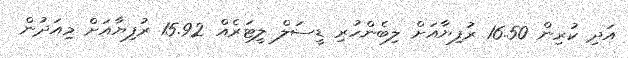
އަދި ކުރިން 16.50 ރުފިޔާއަށް ލިބެންހުރި ޑީސަލް ލީޓަރެއް 15.92 ރުފިޔާއަށް މިއަދުން